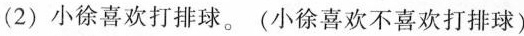
(2)小徐喜欢打排球。(小徐喜欢不喜欢打排球)